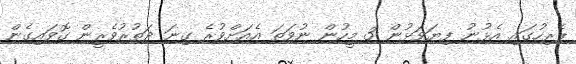
ޕެރިހުގައި އެޅުނު ފިޔަވަޅުން 3 މީހުން ނުވަތަ އެއަށްވުރެ ގިނަ ދަތުރުވެރީން ގޮވައިގެން